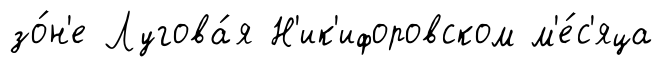
зо́н'е Лугова́я Н'ик'ифоровском м'е́с'яца